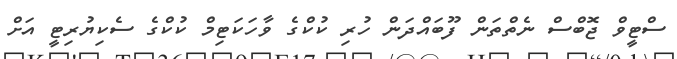
ސްޓީވް ޖޮބްސް ނެތްތަން ފޫބައްދަން ހުރި ކުކްގެ ވާހަކަޓިމް ކުކްގެ ސެކިޔުރިޓީ އަށް